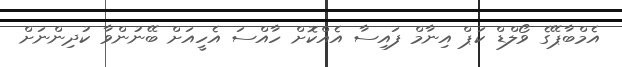
އެމްބާޕޭގެ ވޯލްޑް ކަޕް އިނާމް ފައިސާ އެއްކޮށް ހާއްސަ އެހީއަށް ބޭނުންވާ ކުދިންނަށް